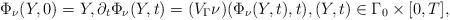
LaTeX: \begin{align*} \Phi_\nu(Y,0) = Y, \partial_t\Phi_\nu(Y,t) = (V_\Gamma\nu)(\Phi_\nu(Y,t),t), (Y,t)\in \Gamma_0\times[0,T],\end{align*}